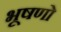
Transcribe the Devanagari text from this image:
भूषणो